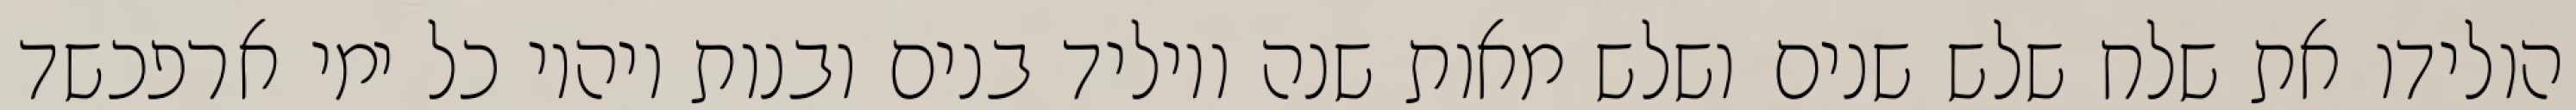
הולידו את שלח שלש שנים ושלש מאות שנה ויוליד בנים ובנות ויהיו כל ימי ארפכשד